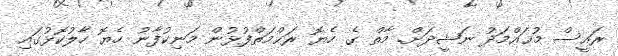
ރައީސް މުޙައްމަދު ނަޝީދަށް. މާތް ގެ ހެޔޮ ރަޙްމަތްފުޅުން މަނިކުފާނު ހެޔޮ ހާލުކޮޅުގައި